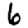
Digit: 6